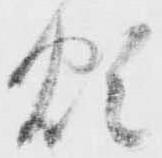
煩